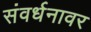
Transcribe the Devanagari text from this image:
संवर्धनावर